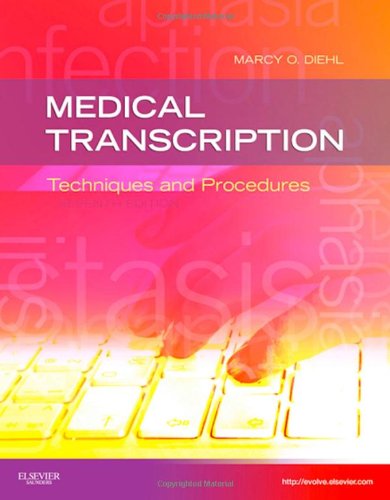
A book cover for Medical Transcription: Techniques and Procedures, 7e; Marcy O. Diehl BVE  CMA-A  CMT  AHDI-F; Medical Books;